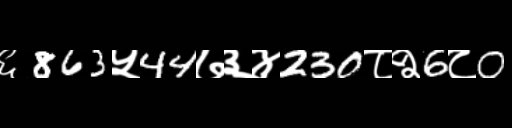
Text: ६863५44७३४230८२6८0